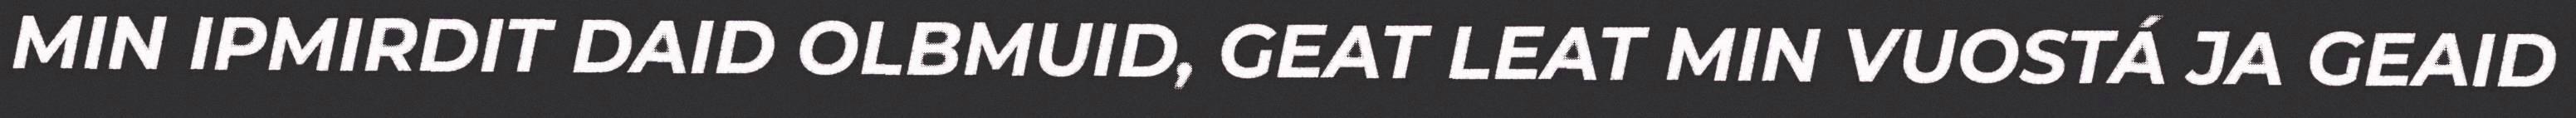
MIN IPMIRDIT DAID OLBMUID, GEAT LEAT MIN VUOSTÁ JA GEAID